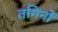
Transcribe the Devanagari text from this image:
तगिनों